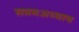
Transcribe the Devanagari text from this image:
सप्तमअध्याय